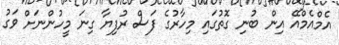
އެމްއެމްއޭ އިން ބުނި ގޮތުގައި މިހާރުގެ ފަސް ރުފިޔާ ގިނަ މީހުންނަށް ވަގު